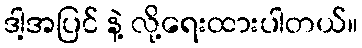
ဒါ့အပြင် နဲ့ လို့ရေးထားပါတယ်။